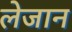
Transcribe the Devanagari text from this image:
लेजान